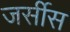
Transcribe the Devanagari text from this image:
जर्सीस